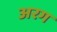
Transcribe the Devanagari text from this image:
अरग